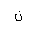
Letter: _non